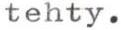
tehty.